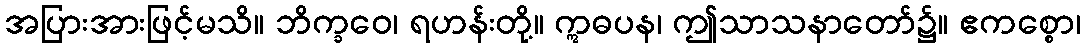
အပြားအားဖြင့်မသိ။ ဘိက္ခဝေ၊ ရဟန်းတို့။ ဣဓပန၊ ဤသာသနာတော်၌။ ဧကစ္စော၊